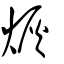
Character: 烣